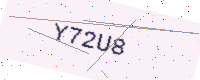
Text: Y72U8